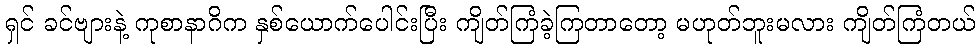
ရှင် ခင်ဗျားနဲ့ ကုစာနာဂိက နှစ်ယောက်ပေါင်းပြီး ကျိတ်ကြံခဲ့ကြတာတော့ မဟုတ်ဘူးမလား ကျိတ်ကြံတယ်